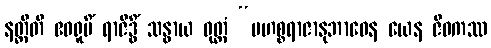
နတ္ထီတိ ဧဝရူပိံ ရာဇိဒ္ဓိံ သန္ဓာယ ဝုတ္တံ “မဟစ္စရာဇာနုဘာဝေန ယေန ဇီဝကဿ